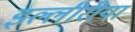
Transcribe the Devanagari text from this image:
इल्लीरीया